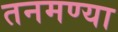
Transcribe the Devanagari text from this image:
तनमण्या